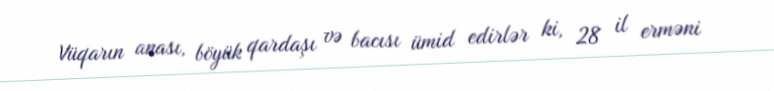
Vüqarın anası, böyük qardaşı və bacısı ümid edirlər ki, 28 il erməni